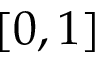
[ 0 , 1 ]